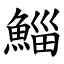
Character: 鯔